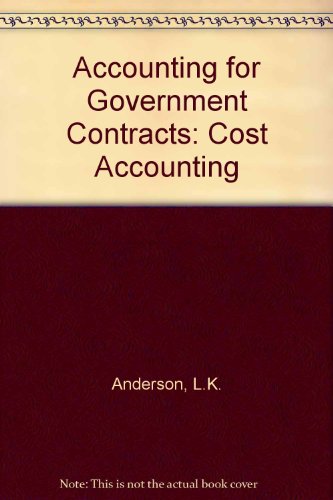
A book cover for Accounting for Government Contracts: Cost Accounting; L.K. Anderson; Law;